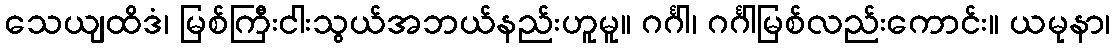
သေယျထိဒံ၊ မြစ်ကြီးငါးသွယ်အဘယ်နည်းဟူမူ။ ဂင်္ဂါ၊ ဂင်္ဂါမြစ်လည်းကောင်း။ ယမုနာ၊